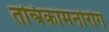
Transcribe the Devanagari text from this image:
तन्त्रिकामनोरोग